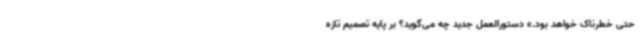
حتی خطرناک خواهد بود.» دستورالعمل جدید چه می‌گوید؟ بر پایه تصمیم تازه